Annual report of the Madras Medical College
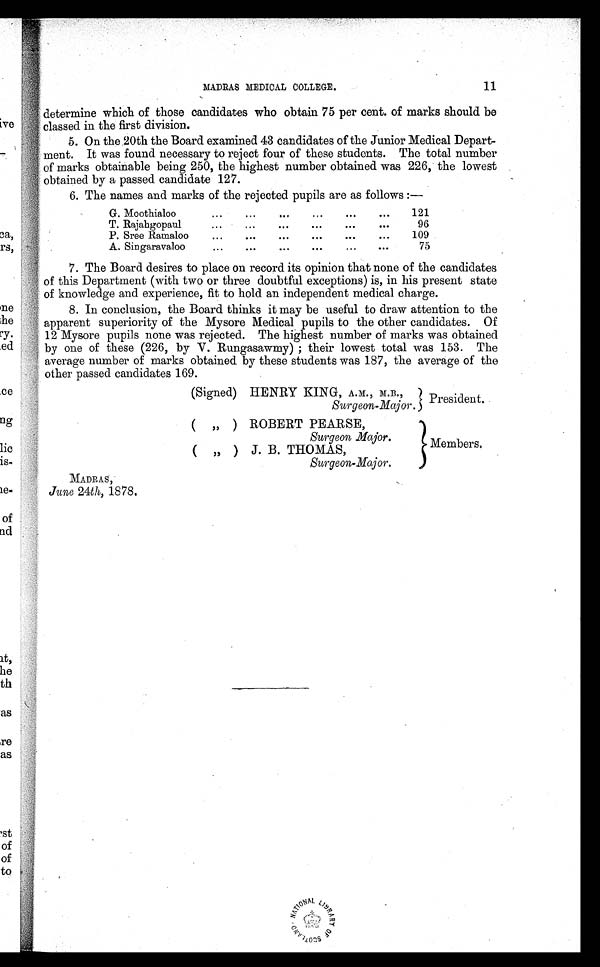
MADRAS MEDICAL COLLEGE.
11
determine which of those candidates who obtain 75 per cent. of marks should be
classed in the first division.
5. On the 20th the Board examined 43 candidates of the Junior Medical Depart--
ment. It was found necessary to reject four of these students. The total number
of marks obtainable being 250, the highest number obtained was 226, the lowest
obtained by a passed candidate 127.
6. The names and marks of the rejected pupils are as follows :—
G. Moothialoo
... ... ... ... ...
...
121
T. Rajahgopaul
...
...
... ... ... ...
96
P. Sree Ramaloo
... ... ... ... ... ...
109
A. Singaravaloo
... ... ... ... ... ...
75
7. The Board desires to place on record its opinion that none of the candidates
of this Department (with two or three doubtful exceptions) is, in his present state
of knowledge and experience, fit to hold an independent medical charge.
8. In conclusion, the Board thinks it may be useful to draw attention to the
apparent superiority of the Mysore Medical pupils to the other candidates. Of
12 Mysore pupils none was rejected. The highest number of marks was obtained
by one of these (226, by V. Rungasawmy) ; their lowest total was 153. The
average number of marks obtained by these students was 187, the average of the
ot her passed candi dat es 169.
(Signed) HENRY KING, A.M., M.B.,
President.
Surgeon-Major.
( „ ) ROBERT PEARSE,
Surgeon Major.
Members.
( „ ) J. B. THOMAS,
Surgeon-Major.
M A D R A S ,
June 24th, 1878.